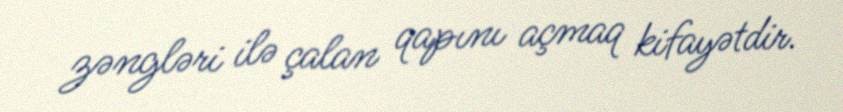
zəngləri ilə çalan qapını açmaq kifayətdir.